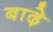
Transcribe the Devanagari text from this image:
बाढ़े